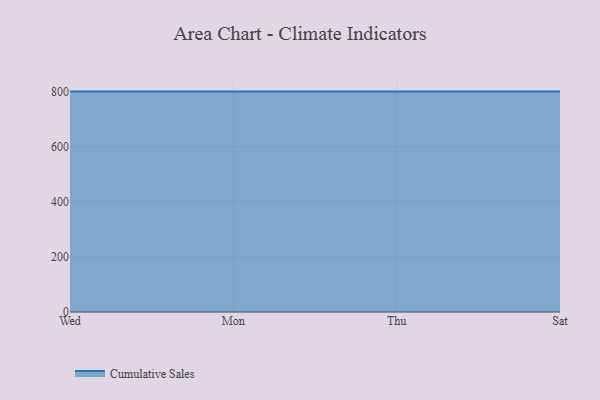
{"axis": {"x": "Day", "y": "Revenue (USD Million)"}, "legend": ["Cumulative Sales"], "data": [{"x": "Wed", "y": 800, "type": "Cumulative Sales"}, {"x": "Mon", "y": 800, "type": "Cumulative Sales"}, {"x": "Thu", "y": 800, "type": "Cumulative Sales"}, {"x": "Sat", "y": 800, "type": "Cumulative Sales"}]}